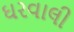
ઘરવાલી